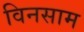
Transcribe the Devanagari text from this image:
विनसाम